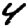
Digit: 4